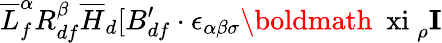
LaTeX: \overline{{{L}}}_{f}^{\alpha}R_{df}^{\beta}\overline{{{H}}}_{d}[B_{df}^{\prime}\cdot\epsilon_{\alpha\beta\sigma}\mathrm{\boldmath~\ xi~}_{\rho}{\mathbf I}